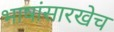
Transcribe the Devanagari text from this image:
भाषांसारखेच